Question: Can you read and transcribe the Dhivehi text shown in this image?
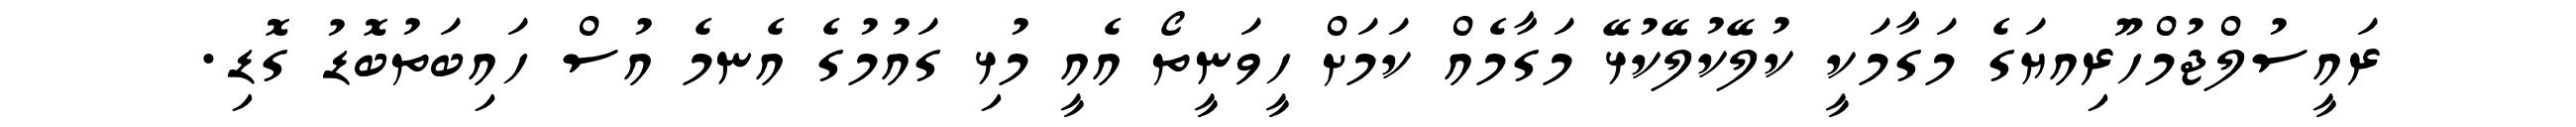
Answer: ރައީސުލްޖުމްހޫރިއޔަގެ މަގާމަކީ ކުލޭކުލޭކުޅޭ މަގާމެއް ކަމަށް ހީވަނީތޯ އެއީ މުޅި ގައުމުގެ އެނމެ އުސް ހައިބަތުބޮޑު ގޮޑި.